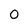
Character: 0